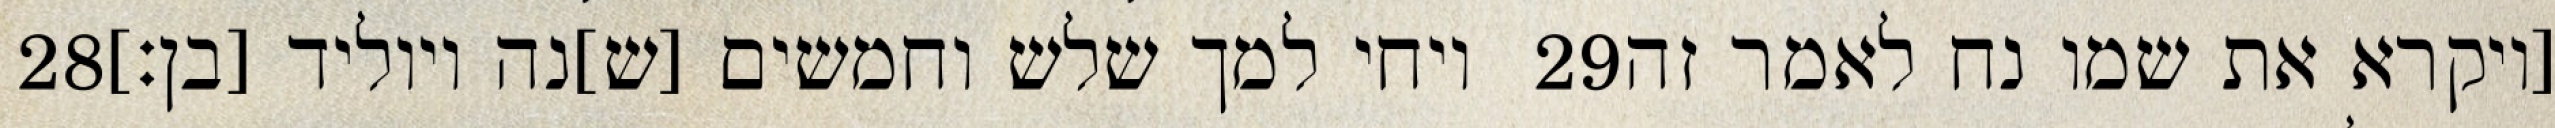
‎28‏ ויחי למך שלש וחמשים [ש]נה ויוליד [בן׃] ‎29‏ [ויקרא את שמו נח לאמר זה